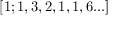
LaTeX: [ 1 ; 1 , 3 , 2 , 1 , 1 , 6 . . . ]